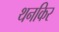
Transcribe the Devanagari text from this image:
थनकिर